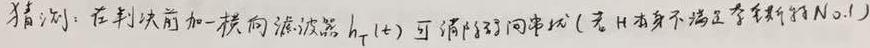
猜测：在判决前加一横向滤波器$h_T(t)$可消除码间串扰（若$H$本身不满足奈奎斯特No.1）